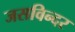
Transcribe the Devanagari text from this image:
जसविन्दर